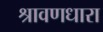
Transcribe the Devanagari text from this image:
श्रावणधारा